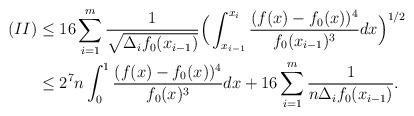
LaTeX: \begin{align*}(II)&\leq 16 \sum_{i=1}^m \frac1{\sqrt{\Delta_if_0(x_{i-1})}} \Big(\int_{x_{i-1}}^{x_i} \frac{(f(x)-f_0(x))^4}{ f_0(x_{i-1})^3} dx\Big)^{1/2}\\&\leq 2^7 n\int_0^1 \frac{(f(x)-f_0(x))^4}{ f_0(x)^3} dx + 16\sum_{i=1}^m \frac1{n\Delta_if_0(x_{i-1})}.\end{align*}